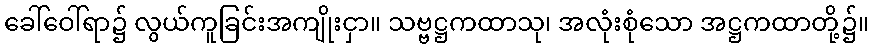
ခေါ်ဝေါ်ရာ၌ လွယ်ကူခြင်းအကျိုးငှာ။ သဗ္ဗဋ္ဌကထာသု၊ အလုံးစုံသော အဋ္ဌကထာတို့၌။